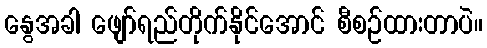
နွေအခါ ဖျော်ရည်တိုက်နိုင်အောင် စီစဉ်ထားတာပဲ။